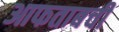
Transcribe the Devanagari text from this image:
आफताबची